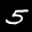
Label: 5